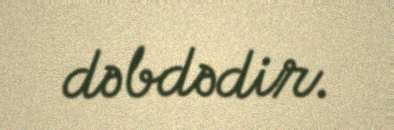
dəbdədir.